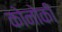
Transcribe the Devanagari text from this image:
कोनोकी